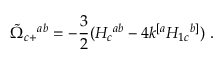
{ \tilde { \Omega } } _ { c + } { } ^ { a b } = - { \frac { 3 } { 2 } } ( H _ { c } { } ^ { a b } - 4 k ^ { [ a } H _ { 1 c } { } ^ { b ] } ) \ .